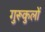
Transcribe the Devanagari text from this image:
गुरूकुलों